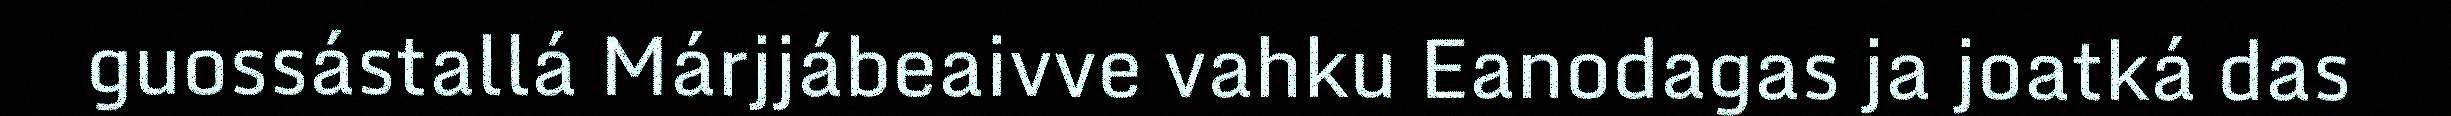
guossástallá Márjjábeaivve vahku Eanodagas ja joatká das